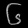
Digit: ၆